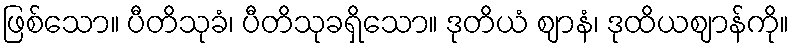
ဖြစ်သော။ ပီတိသုခံ၊ ပီတိသုခရှိသော။ ဒုတိယံ ဈာနံ၊ ဒုထိယဈာန်ကို။